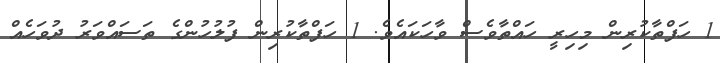
1 ހަފްތާކުރިން މިހިރީ ހައްތާވެސް ވާހަކައެވެ. 1 ހަފްތާކުރިން ފުލުހުންގެ ތަސައްވަރު ދުވަހެއް